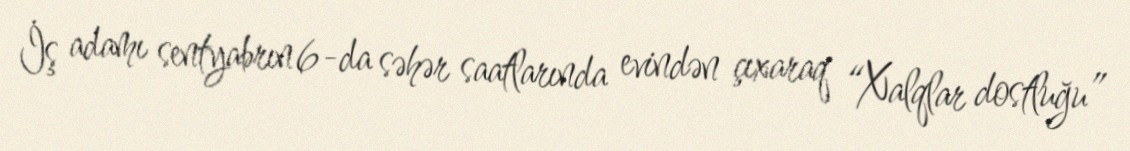
İş adamı sentyabrın 6-da səhər saatlarında evindən çıxaraq “Xalqlar dostluğu”